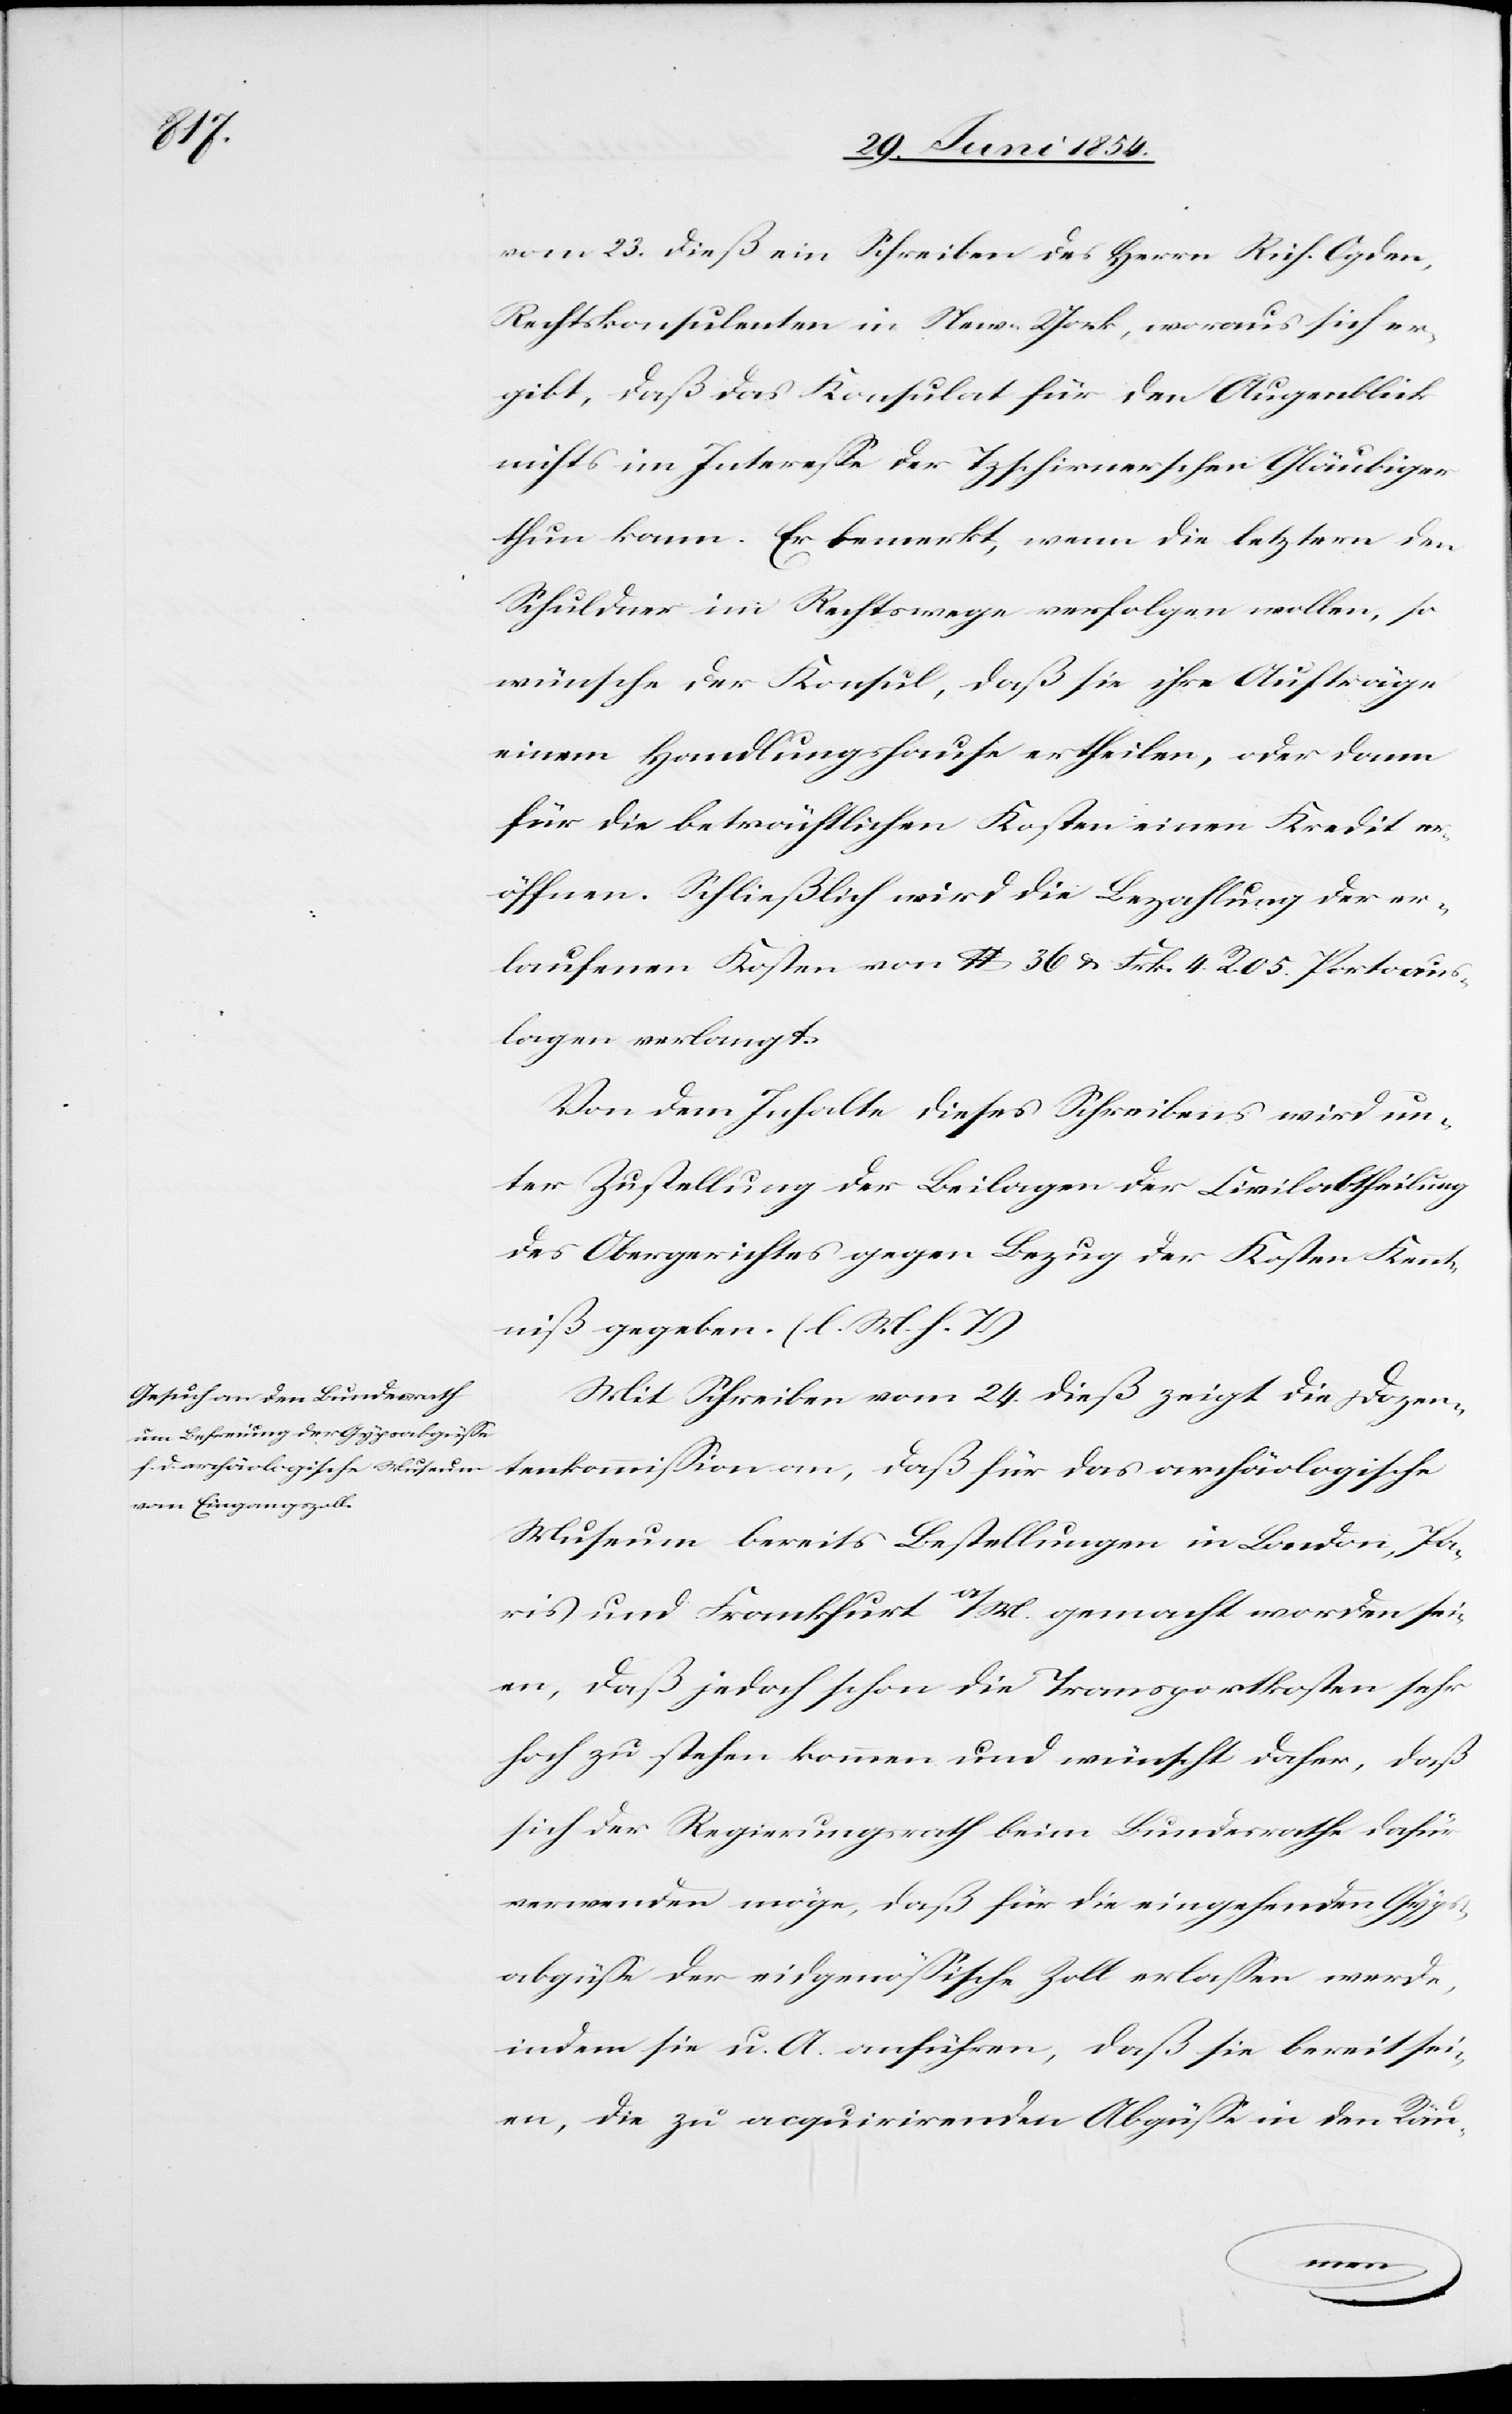
vom 23. dieß ein Schreiben des Herrn Rich. Ogden,
Rechtskonsulenten in New-York, woraus sich er¬
gibt, daß das Konsulat für den Augenblick
nichts im Intereße der Tzschirnerschen Gläubiger
thun kann. Er bemerkt, wenn die letztern den
Schuldner im Rechtswege verfolgen wollen, so
wünsche der Konsul, daß sie ihre Aufträge
einem Handlungshause ertheilen, oder dann
für die beträchtlichen Kosten einen Kredit er¬
öffnen. Schließlich wird die Bezahlung der er¬
laufenen Kosten von lb. 36 u. Frk. 4. R. 05 Portoaus¬
lagen verlangt.
Von dem Inhalte dieses Schreibens wird un¬
ter Zustellung der Beilagen der Civilabtheilung
des Obergerichtes gegen Bezug der Kosten Kennt¬
niß gegeben. (l. M. h. T.)
Mit Schreiben vom 24. dieß zeigt die Dozen¬
tenkommißion an, daß für das archäologische
Museum bereits Bestellungen in London, Pa¬
ris und Frankfurt a /M. gemacht worden sei¬
en, daß jedoch schon die Transportkosten sehr
hoch zu stehen kommen und wünscht daher, daß
sich der Regierungsrath beim Bundesrath dafür
verwenden möge, daß für die eingehenden Gyps¬
abgüße der eidgenößische Zoll erlaßen werde,
indem sie u. A. anführen, daß sie bereit sei¬
en, die zu acquirirenden Abgüße in den Räu-